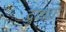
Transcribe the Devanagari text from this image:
द्रुष्ट्या